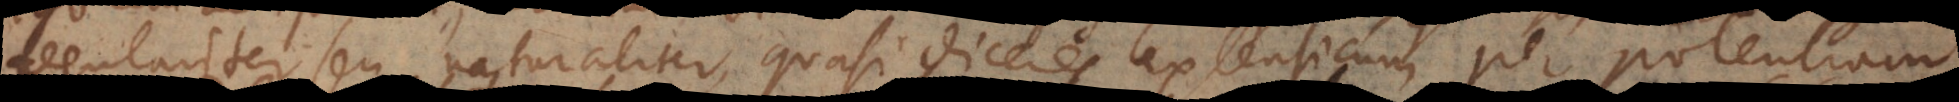
regulariter, seu naturaliter, quasi diceres extensicum, per potentiam